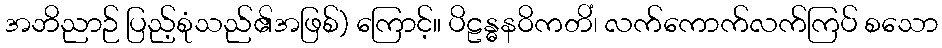
အဘိညာဉ် ပြည့်စုံသည်၏အဖြစ်) ကြောင့်။ ပိဠန္ဓနဝိကတိံ၊ လက်ကောက်လက်ကြပ် စသော